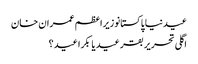
عیدنیا پاکستانوزیراعظم عمران خان
اگلی تحریر بقر عید یا بکرا عید ؟